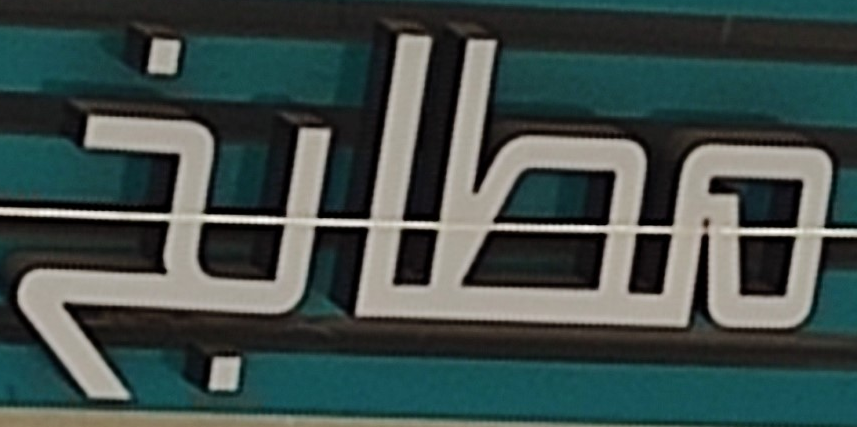
مطابخ